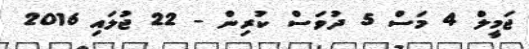
ޖަމީލް 4 މަސް 5 ދުވަސް ކުރިން - 22 ޖުލައި 2016